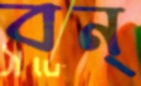
বন্